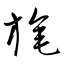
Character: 旄